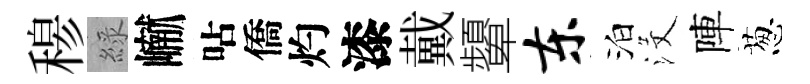
𥠇綠𪩘呫僑灼漆戴顰东泊沒陣葱